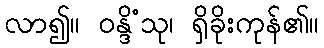
လာ၍။ ဝန္ဒိံသု၊ ရှိခိုးကုန်၏။